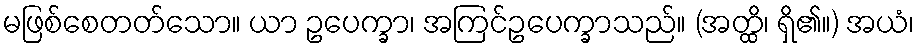
မဖြစ်စေတတ်သော။ ယာ ဥပေက္ခာ၊ အကြင်ဥပေက္ခာသည်။ (အတ္ထိ၊ ရှိ၏။) အယံ၊